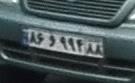
۸۶و۹۹۴۸۸